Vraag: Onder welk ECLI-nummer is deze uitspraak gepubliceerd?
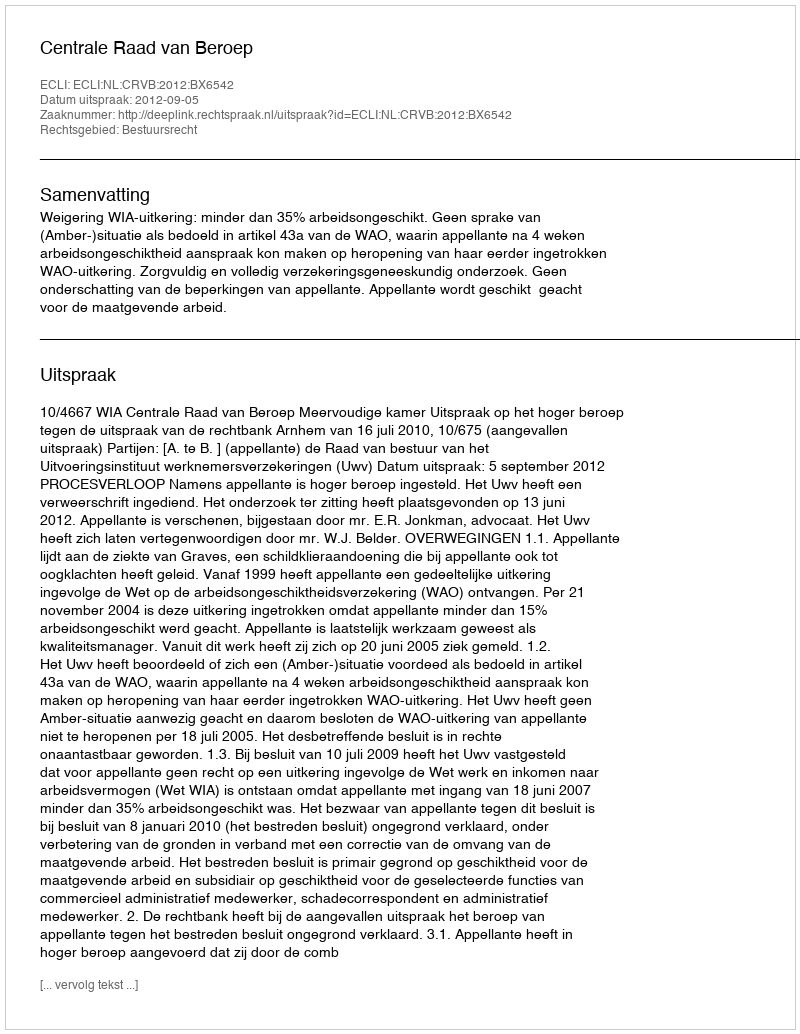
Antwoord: ECLI:NL:CRVB:2012:BX6542